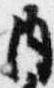
内